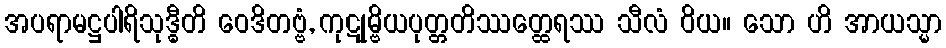
အပရာမဋ္ဌပါရိသုဒ္ဓီတိ ဝေဒိတဗ္ဗံ, ကုဋုမ္ဗိယပုတ္တတိဿတ္ထေရဿ သီလံ ဝိယ။ သော ဟိ အာယသ္မာ